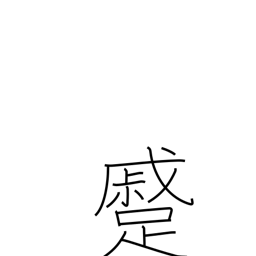
Meaning: approaching